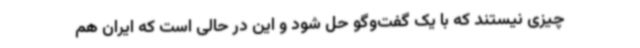
چیزی نیستند که با یک گفت‌وگو حل شود و این در حالی است که ایران هم